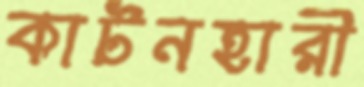
কাটনহারী